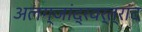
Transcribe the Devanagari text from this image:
अलग्जांद्रवर्त्रांद